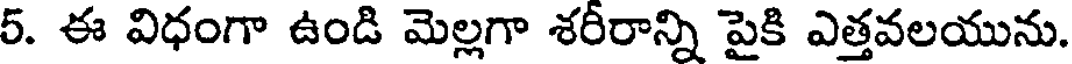
5. ఈ విధంగా ఉండి మెల్లగా శరీరాన్ని పైకి ఎత్తవలయును.